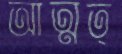
আত্মত্